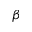
\beta